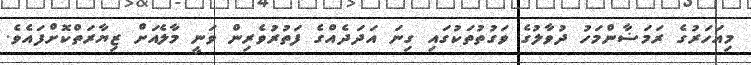
މިއަހަރުގެ ރަމަޟާންމަހު ދުވާލުގެ ވަގުތުތަކުގައި ގިނަ އަދަދެއްގެ ފަތުރުވެރިން ވަނީ މާލެއަށް ޒިޔާރަތްކޮށްފައެވެ.